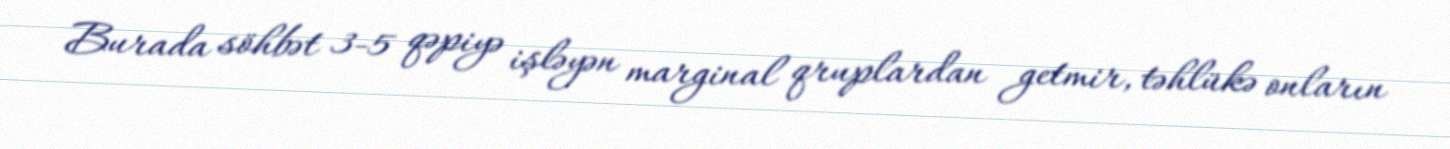
Burada söhbət 3-5 qəpiyə işləyən marginal qruplardan getmir, təhlükə onların